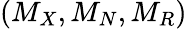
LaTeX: (M_{X},M_{N},M_{R})